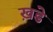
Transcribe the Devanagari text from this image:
ख़डे